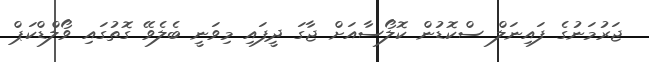
ޖަރުމަނުގެ ފައިނަލް ސްކޮޑުން ކޮލޯސާއަށް ޖާގަ ދީފައި މިވަނީ ބެލެވޭ ގޮތުގައި ވޯލްޑްކަޕް